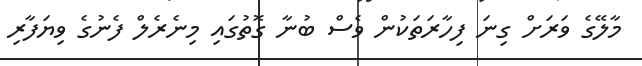
މާލޭގެ ވަރަށް ގިނަ ފިހާރަތަކުން ވެސް ބުނާ ގޮތުގައި މިނެރެލް ފެނުގެ ވިޔަފާރި